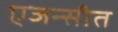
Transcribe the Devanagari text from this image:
एजन्सीत